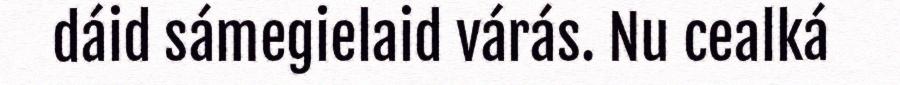
dáid sámegielaid várás. Nu cealká